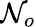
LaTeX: \mathcal{N}_{o}